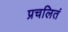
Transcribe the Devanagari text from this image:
प्रचलितं